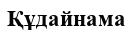
Құдайнама